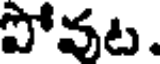
పోవట.